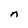
Character: n